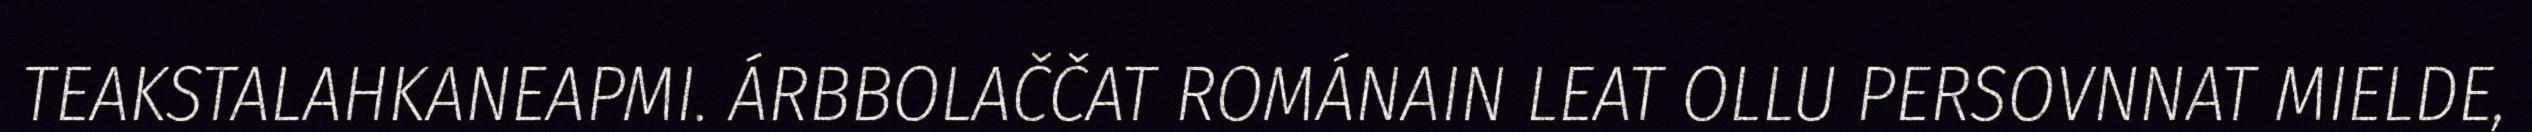
TEAKSTALAHKANEAPMI. ÁRBBOLAČČAT ROMÁNAIN LEAT OLLU PERSOVNNAT MIELDE,